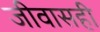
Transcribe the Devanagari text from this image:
जीवासही